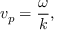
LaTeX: v _ { p } = { \frac { \omega } { k } } ,